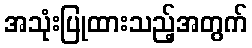
အသုံးပြုထားသည့်အတွက်